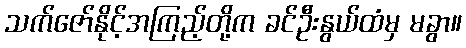
သက်ဇော်နိုင့်အကြည့်တို့က ခင်ဦးနွယ်ထံမှ မခွာ။